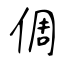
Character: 倜